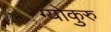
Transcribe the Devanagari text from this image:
ग्योकुरु